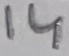
Text: 14